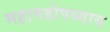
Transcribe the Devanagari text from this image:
महामहोपध्याय